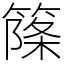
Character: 𥱥